Madras plague regulations in force outside the Presidency town - Volume 2
Disease focus: Plague
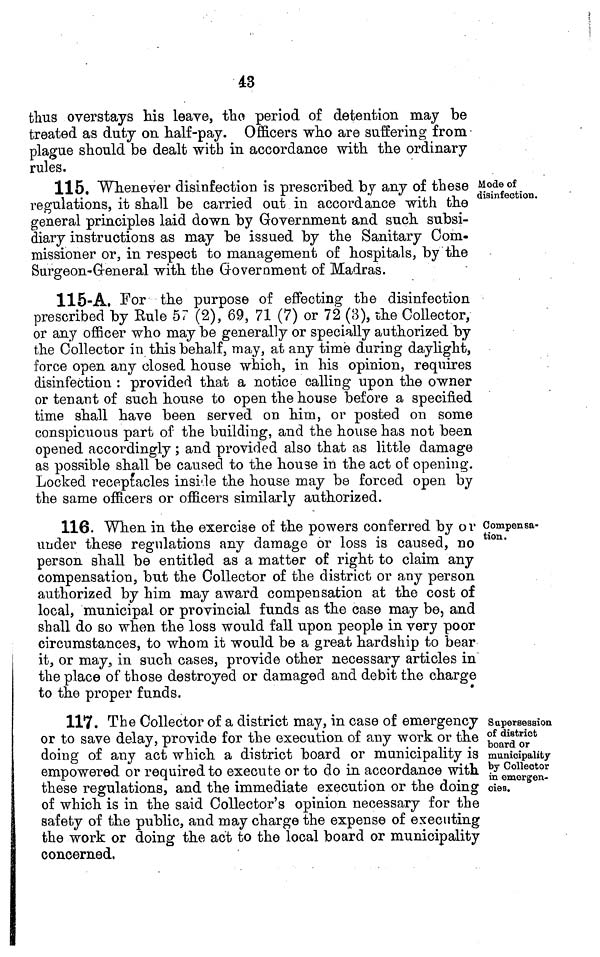
43
thus overstays his leave, tlio period of detention may be
treated as duty on half-pay. Officers who are suffering from
plague should be dealt with in accordance with the ordinary
rules.
Mode of
disinfection.
115. Whenever disinfection is prescribed by any of these
regulations, it shall be carried out in accordance with the
general principles laid down by Government and such subsi-
diary instructions as may be issued by the Sanitary Com-
missioner or, in respect to management of hospitals, by the
Surgeon-General with the Government of Madras.
115-A. For the purpose of effecting the disinfection
prescribed by Rule 57 (2), 69, 71 (7) or 72 (8), the Collector,
or any officer who may be generally or specially authorized by
the Collector in this behalf, may, at any time during daylight,
force open any closed house which, in his opinion, requires
disinfection : provided that a notice calling upon the owner
or tenant of such house to open the house before a specified
time shall have been served on him, or posted on some
conspicuous part of the building, and the house has not been
opened accordingly ; and provided also that as little damage
as possible shall be caused to the house in the act of opening.
Locked receptacles insi'.le the house may be forced open by
the same officers or officers similarly authorized.
Compensa-
tion.
116. When in the exercise of the powers conferred by or
under these regulations any damage or loss is caused, no
person shall be entitled as a matter of right to claim any
compensation, but the Collector of the district or any person
authorized by him may award compensation at the cost of
local, municipal or provincial funds as the case may be, and
shall do so when the loss would fall upon people in very poor
circumstances, to whom it would be a great hardship to bear
it, or may, in such cases, provide other necessary articles in
the place of those destroyed or damaged and debit the charge
to the proper funds.
Supersession
of district
board or
municipality
by Collector
in emergen-
cies.
117. The Collector of a district may, in case of emergency
or to save delay, provide for the execution of any work or the
doing of any act which a district board or municipality is
empowered or required to execute or to do in accordance with
these regulations, and the immediate execution or the doing
of which is in the said Collector's opinion necessary for the
safety of the public, and may charge the expense of executing
the work or doing the act to the local board or municipality
concerned,